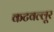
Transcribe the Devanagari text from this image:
कटवल्लूर